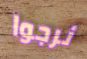
نرجوا